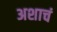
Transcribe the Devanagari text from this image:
अशाचं